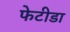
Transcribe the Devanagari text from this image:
फेटीडा